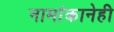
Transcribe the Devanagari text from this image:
नामांकानेही